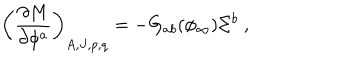
\left( { \frac { \partial M } { \partial \phi ^ { a } } } \right) _ { A , J , p , q } = - G _ { a b } ( \phi _ { \infty } ) \Sigma ^ { b } \ ,